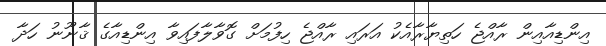
އިންޑިއާއިން ރާއްޖެ ހަތިޔާރާއެކު އަރައި ރާއްޖެ ހިފުމަށް ގޮވާލާފައިވާ އިންޑިއާގެ ޤާނޫނު ހަދާ